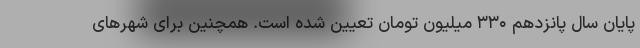
پایان سال پانزدهم ۳۳۰ میلیون تومان تعیین شده است. همچنین برای شهرهای